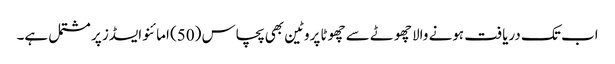
اب تک دریافت ہونے والا چھوٹے سے چھوٹا پروٹین بھی پچاس (50) امائنو ایسڈز پر مشتمل ہے۔